system: You are a helpful assistant.
user:
Analyze the provided spectrum to determine if it is a **White Dwarf (WD)**.

A White Dwarf spectrum is defined by its **extreme purity** (due to gravitational settling) and/or **extreme pressure broadening** (due to high surface gravity). You must check for one of the following mutually exclusive signatures:

- **Key Visual Indicators (Check for ONE of these types):**

    - **1. DA-Type Signature (Most Common):**
        - **(Primary Feature):** Extreme pressure broadening (Stark broadening) of the **Hydrogen (H) Balmer lines**.
        - **(Key Lines):** $H\beta$ (approx. $4861$ Å) and $H\gamma$ (approx. $4340$ Å). $H\alpha$ (approx. $6563$ Å) will also be present if the wavelength range covers it.
        - **(Line Profile):** This is the **defining feature**. The lines are **NOT** sharp. They appear as massive, **extremely broad and deep "troughs" or "dips"** in the spectrum, often hundreds of Ångströms wide. The continuum will appear to "scoop" down at these wavelengths.
        - **(Distinction):** Normal A-type or B-type stars have *narrow* and *sharp* Hydrogen lines. A DA White Dwarf's lines are unmistakably "smeared" or "blurry" from pressure.

    - **2. DB-Type Signature:**
        - **(Primary Feature):** Broad absorption lines from **Neutral Helium (He I)**. The spectrum must lack any visible Hydrogen lines.
        - **(Key Lines):** Look for broad absorption near $4471$ Å, $4921$ Å, and $5876$ Å.
        - **(Line Profile):** These lines are also significantly pressure-broadened, appearing much wider than they would in a normal B-type main-sequence star.

    - **3. DC-Type Signature:**
        - **(Primary Feature):** A **featureless continuous spectrum**.
        - **(Line Profile):** The spectrum is a smooth curve with **no significant absorption or emission lines**.
        - **(Key Confirmation):** The continuum is almost always **blue or white**, indicating a hot object. This signature implies the atmosphere is so pure (or so cool) that no spectral lines are visible in the optical range. Its WD identity is confirmed by its extremely low intrinsic brightness (high absolute magnitude).

    - **4. DZ-Type Signature (Metal-Polluted):**
        - **(Primary Feature):** **Isolated, narrow metal absorption lines** on an otherwise featureless (DC-like) continuum.
        - **(Key Lines):** The **Calcium (Ca II) H & K doublet** (approx. **$3934$ Å** and **$3968$ Å**) is the most common and defining feature.
        - **(Line Profile):** These lines are "out of place." They are *not* part of a "forest" of thousands of lines. This signature is evidence of recent *accretion* (pollution) from rocky debris.
        - **(Distinction):** Normal G/K/M stars have a *dense forest* of thousands of metal lines. A DZ has a *clean* continuum with *only a few* strong metal lines.

    - **5. DQ-Type Signature (Carbon-Polluted):**
        - **(Primary Feature):** Absorption bands from **Carbon (C₂ "Swan Bands" or atomic C I)**.
        - **(Key Lines - C₂):** Look for bandheads with a "saw-tooth" shape near $5635$ Å, **$5165$ Å** (strongest), and $4737$ Å.
        - **(Key Confirmation):** The underlying **continuum must be blue or white** (hot).
        - **(Distinction):** This is the critical difference from a **Carbon Star**, which has the *exact same* C₂ bands but on an extremely **red, cool** continuum.

- **(Overall Spectrum):**
    - The continuum (overall shape) is typically **blue-sloping** (brighter in the blue than the red), as most white dwarfs are very hot.
    - The spectrum will look "pure" or "simple," dominated by only *one* of the five signatures listed above.

Think first, call **spectral_visualization_tool** if needed to examine features in detail, then provide your final answer. Your response must adhere to the following strict rules:
1.  **Overall Structure:** Your response must follow the format `<think>...</think> <tool_call>...</tool_call> (if a tool is used) <answer>...</answer>`.
2.  **Tool Usage Constraint:** You may only make **one** tool call per turn.
3.  **Final Answer Format:** In the `<answer>` tag, your conclusion must be inside a `\boxed{}` command (e.g., `\boxed{YES}` or `\boxed{NO}`), followed by your justification.

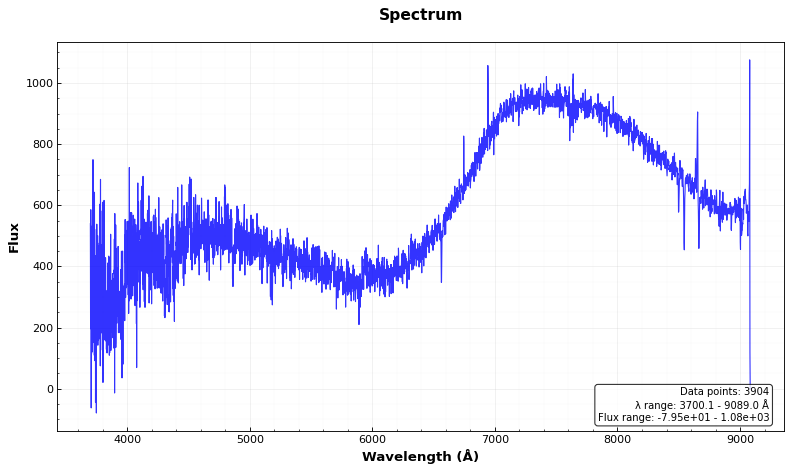
Answer: NO